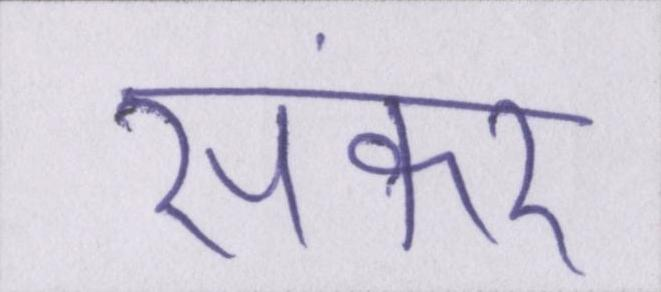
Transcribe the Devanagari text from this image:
संकर